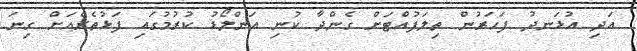
އަދި އުޅަނދު ފަހަރުން ތިލަފުއްޓަށް ގެންދާ ކުނި އަންލޯޑު ކުރުމުގައި ފަޅުތެރެއަށް ގިނަ